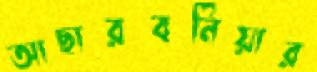
আছারবনিয়ার